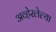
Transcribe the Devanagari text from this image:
अव्हेरलेल्या